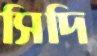
সিদি